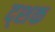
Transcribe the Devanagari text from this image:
द्शक